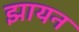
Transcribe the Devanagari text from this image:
झायन